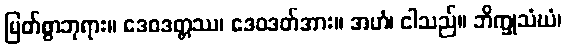
မြတ်စွာဘုရား။ ဒေဝဒတ္တဿ၊ ဒေဝဒတ်အား။ အဟံ၊ ငါသည်။ ဘိက္ခုသံဃံ၊